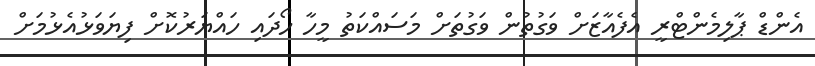
އެންޑް ޕާލިމެންޓްރީ އެފެއާޒަށް ވަގުތުން ވަގުތަށް މަސައްކަތު މީހާ ހޯދައި ހައްޔަރުކޮށް ފިޔަވަޅުއެޅުމަށް